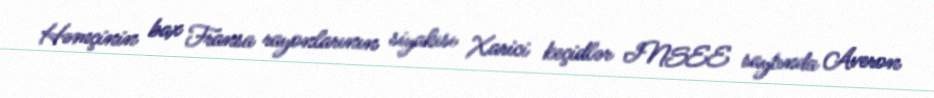
Həmçinin bax Fransa rayonlarının siyahısı Xarici keçidlər INSEE saytında Averon